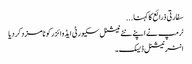
سفارتی ذرائع کا کہنا ...
ٹرمپ نے اپنے نئے نیشنل سکیورٹی ایڈوائزر کو نامزد کر دیا
انٹر نیشنل ڈیسک۔